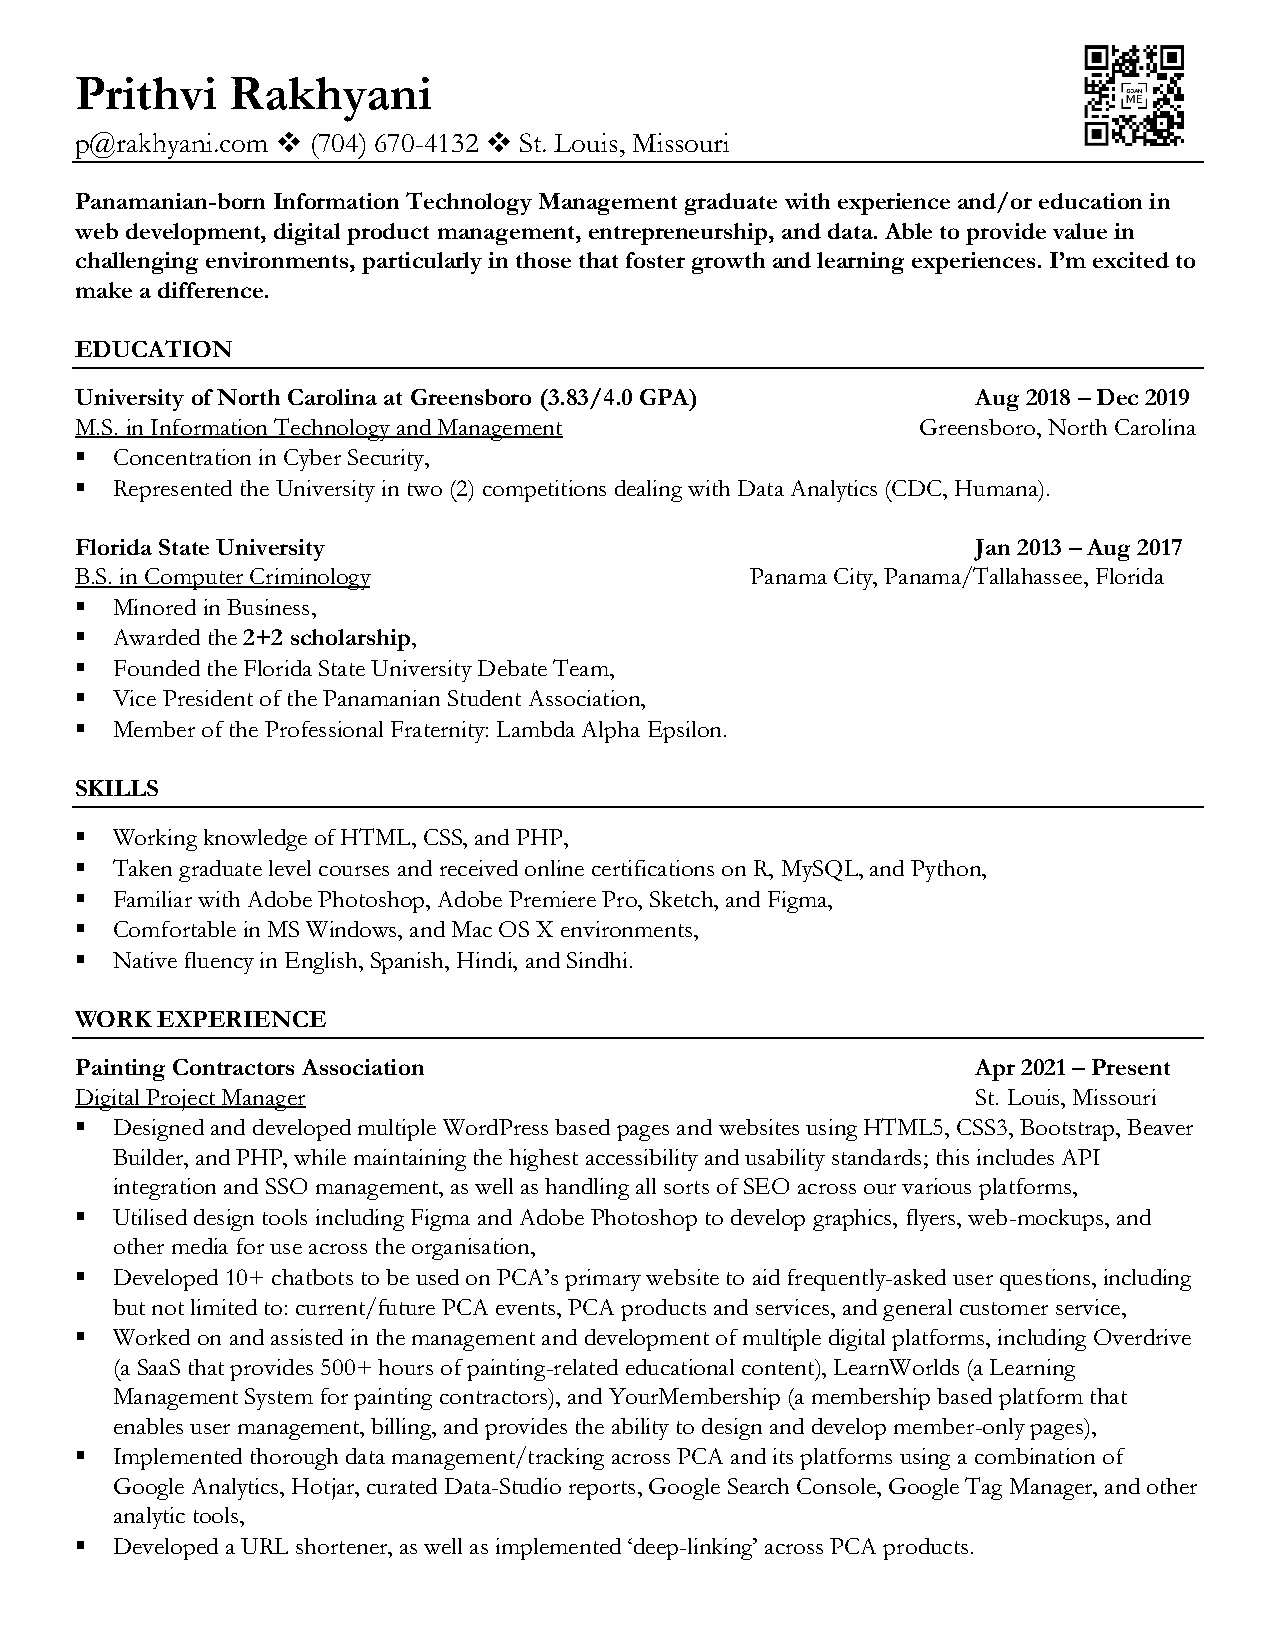
Prithvi   Rakhyani
 p@rakhyani.com ❖ (704) 670-4132 ❖ St. Louis, Missouri
 Panamanian-born Information Technology Management graduate with experience and/or education in
 web development, digital product management, entrepreneurship, and data. Able to provide value in
 challenging environments, particularly in those that foster growth and learning experiences. I’m excited to
 make a difference.
 EDUCATION
 University of North Carolina at Greensboro (3.83/4.0 GPA)   Aug 2018 – Dec 2019
 M.S. in Information Technology and Management           Greensboro, North Carolina
 ▪ Concentration in Cyber Security,
 ▪ Represented the University in two (2) competitions dealing with Data Analytics (CDC, Humana).
 Florida State University                                    Jan 2013 – Aug 2017
 B.S. in Computer Criminology                 Panama City, Panama/Tallahassee, Florida
 ▪ Minored in Business,
 ▪ Awarded the 2+2 scholarship,
 ▪ Founded the Florida State University Debate Team,
 ▪ Vice President of the Panamanian Student Association,
 ▪ Member of the Professional Fraternity: Lambda Alpha Epsilon.
 SKILLS
 ▪ Working knowledge of HTML, CSS, and PHP,
 ▪ Taken graduate level courses and received online certifications on R, MySQL, and Python,
 ▪ Familiar with Adobe Photoshop, Adobe Premiere Pro, Sketch, and Figma,
 ▪ Comfortable in MS Windows, and Mac OS X environments,
 ▪ Native fluency in English, Spanish, Hindi, and Sindhi.
 WORK EXPERIENCE
 Painting Contractors Association                            Apr 2021 – Present
 Digital Project Manager                                     St. Louis, Missouri
 ▪ Designed and developed multiple WordPress based pages and websites using HTML5, CSS3, Bootstrap, Beaver
 Builder, and PHP, while maintaining the highest accessibility and usability standards; this includes API
 integration and SSO management, as well as handling all sorts of SEO across our various platforms,
 ▪ Utilised design tools including Figma and Adobe Photoshop to develop graphics, flyers, web-mockups, and
 other media for use across the organisation,
 ▪ Developed 10+ chatbots to be used on PCA’s primary website to aid frequently-asked user questions, including
 but not limited to: current/future PCA events, PCA products and services, and general customer service,
 ▪ Worked on and assisted in the management and development of multiple digital platforms, including Overdrive
 (a SaaS that provides 500+ hours of painting-related educational content), LearnWorlds (a Learning
 Management System for painting contractors), and YourMembership (a membership based platform that
 enables user management, billing, and provides the ability to design and develop member-only pages),
 ▪ Implemented thorough data management/tracking across PCA and its platforms using a combination of
 Google Analytics, Hotjar, curated Data-Studio reports, Google Search Console, Google Tag Manager, and other
 analytic tools,
 ▪ Developed a URL shortener, as well as implemented ‘deep-linking’ across PCA products.